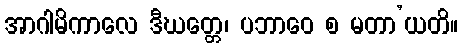
အာဂါမိကာလေ ဒီဃတ္တေ၊ ပဘာဝေ စ မတာ’ယတိ။